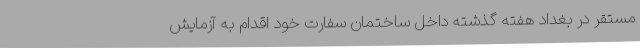
مستقر در بغداد هفته گذشته داخل ساختمان سفارت خود اقدام به آزمایش